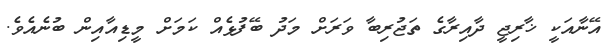
އޭނާއަކީ ޚާރިޖީ ދާއިރާގެ ތަޖުރިބާ ވަރަށް މަދު ބޭފުޅެއް ކަމަށް މީޑިއާއިން ބުނެއެވެ.